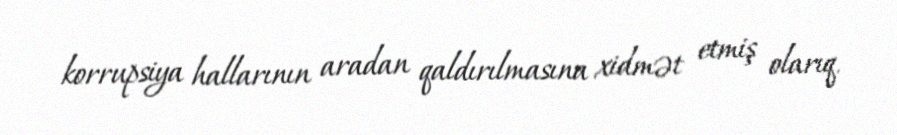
korrupsiya hallarının aradan qaldırılmasına xidmət etmiş olarıq.